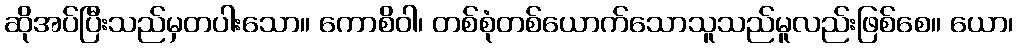
ဆိုအပ်ပြီးသည်မှတပါးသော။ ကောစိဝါ၊ တစ်စုံတစ်ယောက်သောသူသည်မူလည်းဖြစ်စေ။ ယော၊